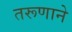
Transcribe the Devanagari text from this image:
तरूणाने